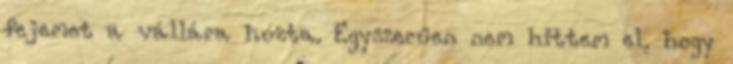
fejemet a vállára húzta. Egyszerűen nem hittem el, hogy